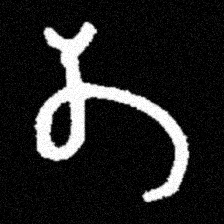
Pyu character \u2014 Myanmar letter: တ (romanized: ta)